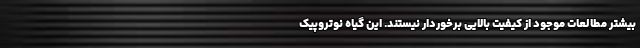
بیشتر مطالعات موجود از کیفیت بالایی برخوردار نیستند. این گیاه نوتروپیک